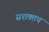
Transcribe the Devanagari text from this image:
सशक्तच